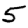
Digit: 5